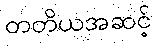
တတိယအဆင့်